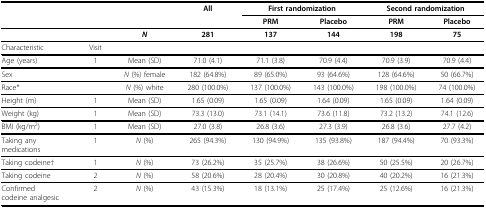
<table><thead><tr><td>[EMPTY_CELL]</td><td>[EMPTY_CELL]</td><td>[EMPTY_CELL]</td><td><b>All</b></td><td colspan="2"><b>First randomization</b></td><td colspan="2"><b>Second randomization</b></td></tr><tr><td>[EMPTY_CELL]</td><td>[EMPTY_CELL]</td><td>[EMPTY_CELL]</td><td>[EMPTY_CELL]</td><td><b>PRM</b></td><td><b>Placebo</b></td><td><b>PRM</b></td><td><b>Placebo</b></td></tr></thead><tbody><tr><td>[EMPTY_CELL]</td><td>[EMPTY_CELL]</td><td><b><i>N</i></b></td><td><b>281</b></td><td><b>137</b></td><td><b>144</b></td><td><b>198</b></td><td><b>75</b></td></tr><tr><td>Characteristic</td><td>Visit</td><td>[EMPTY_CELL]</td><td>[EMPTY_CELL]</td><td>[EMPTY_CELL]</td><td>[EMPTY_CELL]</td><td>[EMPTY_CELL]</td><td>[EMPTY_CELL]</td></tr><tr><td>Age (years)</td><td>1</td><td>Mean (SD)</td><td>71.0 (4.1)</td><td>71.1 (3.8)</td><td>70.9 (4.4)</td><td>70.9 (3.9)</td><td>70.9 (4.4)</td></tr><tr><td>Sex</td><td>[EMPTY_CELL]</td><td><i>N </i>(%) female</td><td>182 (64.8%)</td><td>89 (65.0%)</td><td>93 (64.6%)</td><td>128 (64.6%)</td><td>50 (66.7%)</td></tr><tr><td>Race*</td><td>[EMPTY_CELL]</td><td><i>N </i>(%) white</td><td>280 (100.0%)</td><td>137 (100.0%)</td><td>143 (100.0%)</td><td>198 (100.0%)</td><td>74 (100.0%)</td></tr><tr><td>Height (m)</td><td>1</td><td>Mean (SD)</td><td>1.65 (0.09)</td><td>1.65 (0.09)</td><td>1.64 (0.09)</td><td>1.65 (0.09)</td><td>1.64 (0.09)</td></tr><tr><td>Weight (kg)</td><td>1</td><td>Mean (SD)</td><td>73.3 (13.0)</td><td>73.1 (14.1)</td><td>73.6 (11.8)</td><td>73.2 (13.2)</td><td>74.1 (12.6)</td></tr><tr><td>BMI (kg/m<sup>2</sup>)</td><td>1</td><td>Mean (SD)</td><td>27.0 (3.8)</td><td>26.8 (3.6)</td><td>27.3 (3.9)</td><td>26.8 (3.6)</td><td>27.7 (4.2)</td></tr><tr><td>Taking anymedications</td><td>1</td><td><i>N </i>(%)</td><td>265 (94.3%)</td><td>130 (94.9%)</td><td>135 (93.8%)</td><td>187 (94.4%)</td><td>70 (93.3%)</td></tr><tr><td>Taking codeine†</td><td>1</td><td><i>N </i>(%)</td><td>73 (26.2%)</td><td>35 (25.7%)</td><td>38 (26.6%)</td><td>50 (25.5%)</td><td>20 (26.7%)</td></tr><tr><td>Taking codeine</td><td>2</td><td><i>N </i>(%)</td><td>58 (20.6%)</td><td>28 (20.4%)</td><td>30 (20.8%)</td><td>40 (20.2%)</td><td>16 (21.3%)</td></tr><tr><td>Confirmedcodeine analgesic</td><td>2</td><td><i>N </i>(%)</td><td>43 (15.3%)</td><td>18 (13.1%)</td><td>25 (17.4%)</td><td>25 (12.6%)</td><td>16 (21.3%)</td></tr></tbody></table>